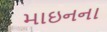
માઇનના